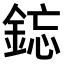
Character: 𫒥